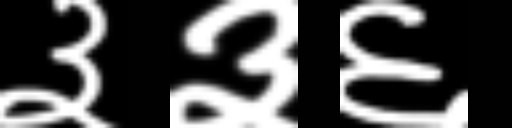
Text: ३३६